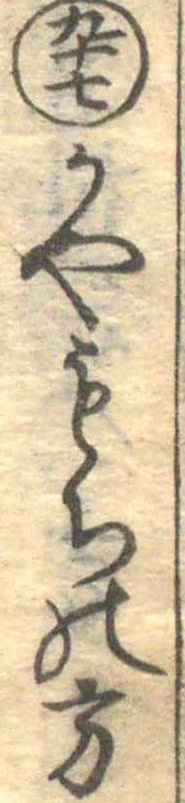
九十七かやもちの方